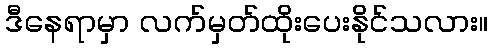
ဒီနေရာမှာ လက်မှတ်ထိုးပေးနိုင်သလား။